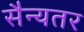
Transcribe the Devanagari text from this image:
सैन्यतर